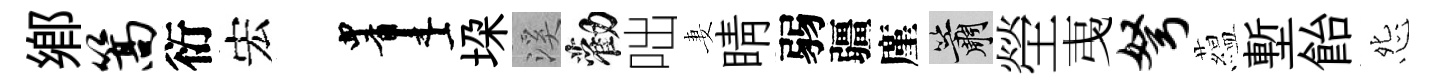
郷篙衍宏画垜溪勸咄妻睛弱疆廑簫塋𢎯弩藴塹飴怨